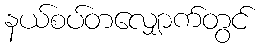
နယ်စပ်တလျှောက်တွင်